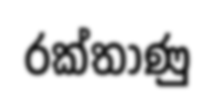
රක්තාණු